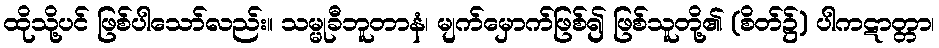
ထိုသို့ပင် ဖြစ်ပါသော်လည်း။ သမ္မုခီဘူတာနံ၊ မျက်မှောက်ဖြစ်၍ ဖြစ်သူတို့၏ (စိတ်၌) ပါကဋာတ္တာ၊